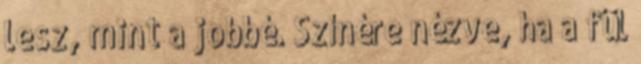
lesz, mint a jobbé. Színére nézve, ha a fül